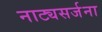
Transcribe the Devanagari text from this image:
नाट्यसर्जना